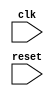
module behavioral_block (
    input wire clk,
    input wire reset,
    // Add your input and output ports here

    // Add your internal signals here

);

// Declare your registers here

always @(posedge clk or negedge reset) begin
    if (~reset) begin
        // Reset logic here
    end else begin
        // Behavioral modeling logic here
    end
end

// Add your combinational logic here

endmodule